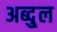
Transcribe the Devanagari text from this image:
अब्दु्ल